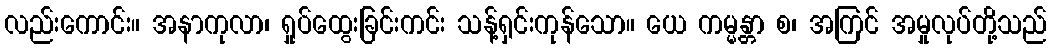
လည်းကောင်း။ အနာကုလာ၊ ရှုပ်ထွေးခြင်းကင်း သန့်ရှင်းကုန်သော။ ယေ ကမ္မန္တာ စ၊ အကြင် အမှုလုပ်တို့သည်